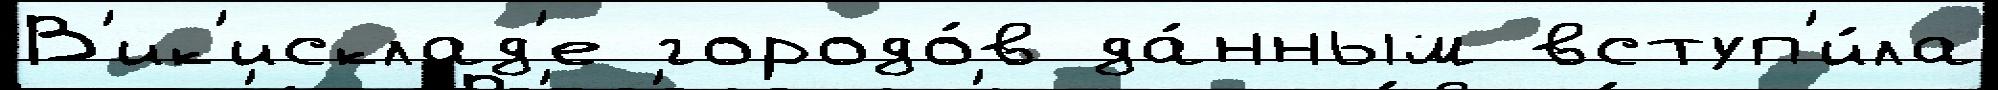
В'ик'исклад'е городо́в да́нным вступ'и́ла